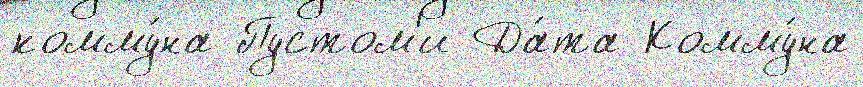
комму́на Пустом'и Да́та Комму́на